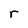
Character: r